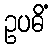
ဥပဓိံ